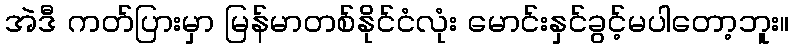
အဲဒီ ကတ်ပြားမှာ မြန်မာတစ်နိုင်ငံလုံး မောင်းနှင်ခွင့်မပါတော့ဘူး။